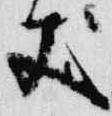
丈